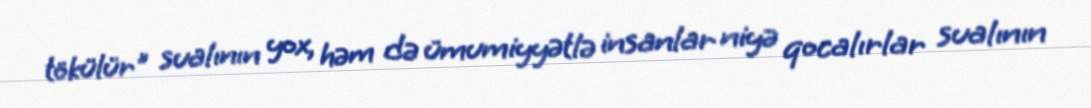
tökülür" sualının yox, həm də ümumiyyətlə insanlar niyə qocalırlar sualının